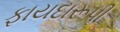
ફાયદારૂપી